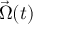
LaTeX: { \vec { \Omega } } ( t )